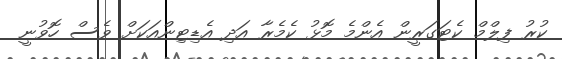
ކުރު ފިލްމް ކެޓަގަރީން އެންމެ މޮޅު ކެމެރާ އަދި އެޑިޓިންއަކަށް ވެސް ހޮވުނީ